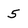
Character: 5